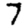
Digit: 7